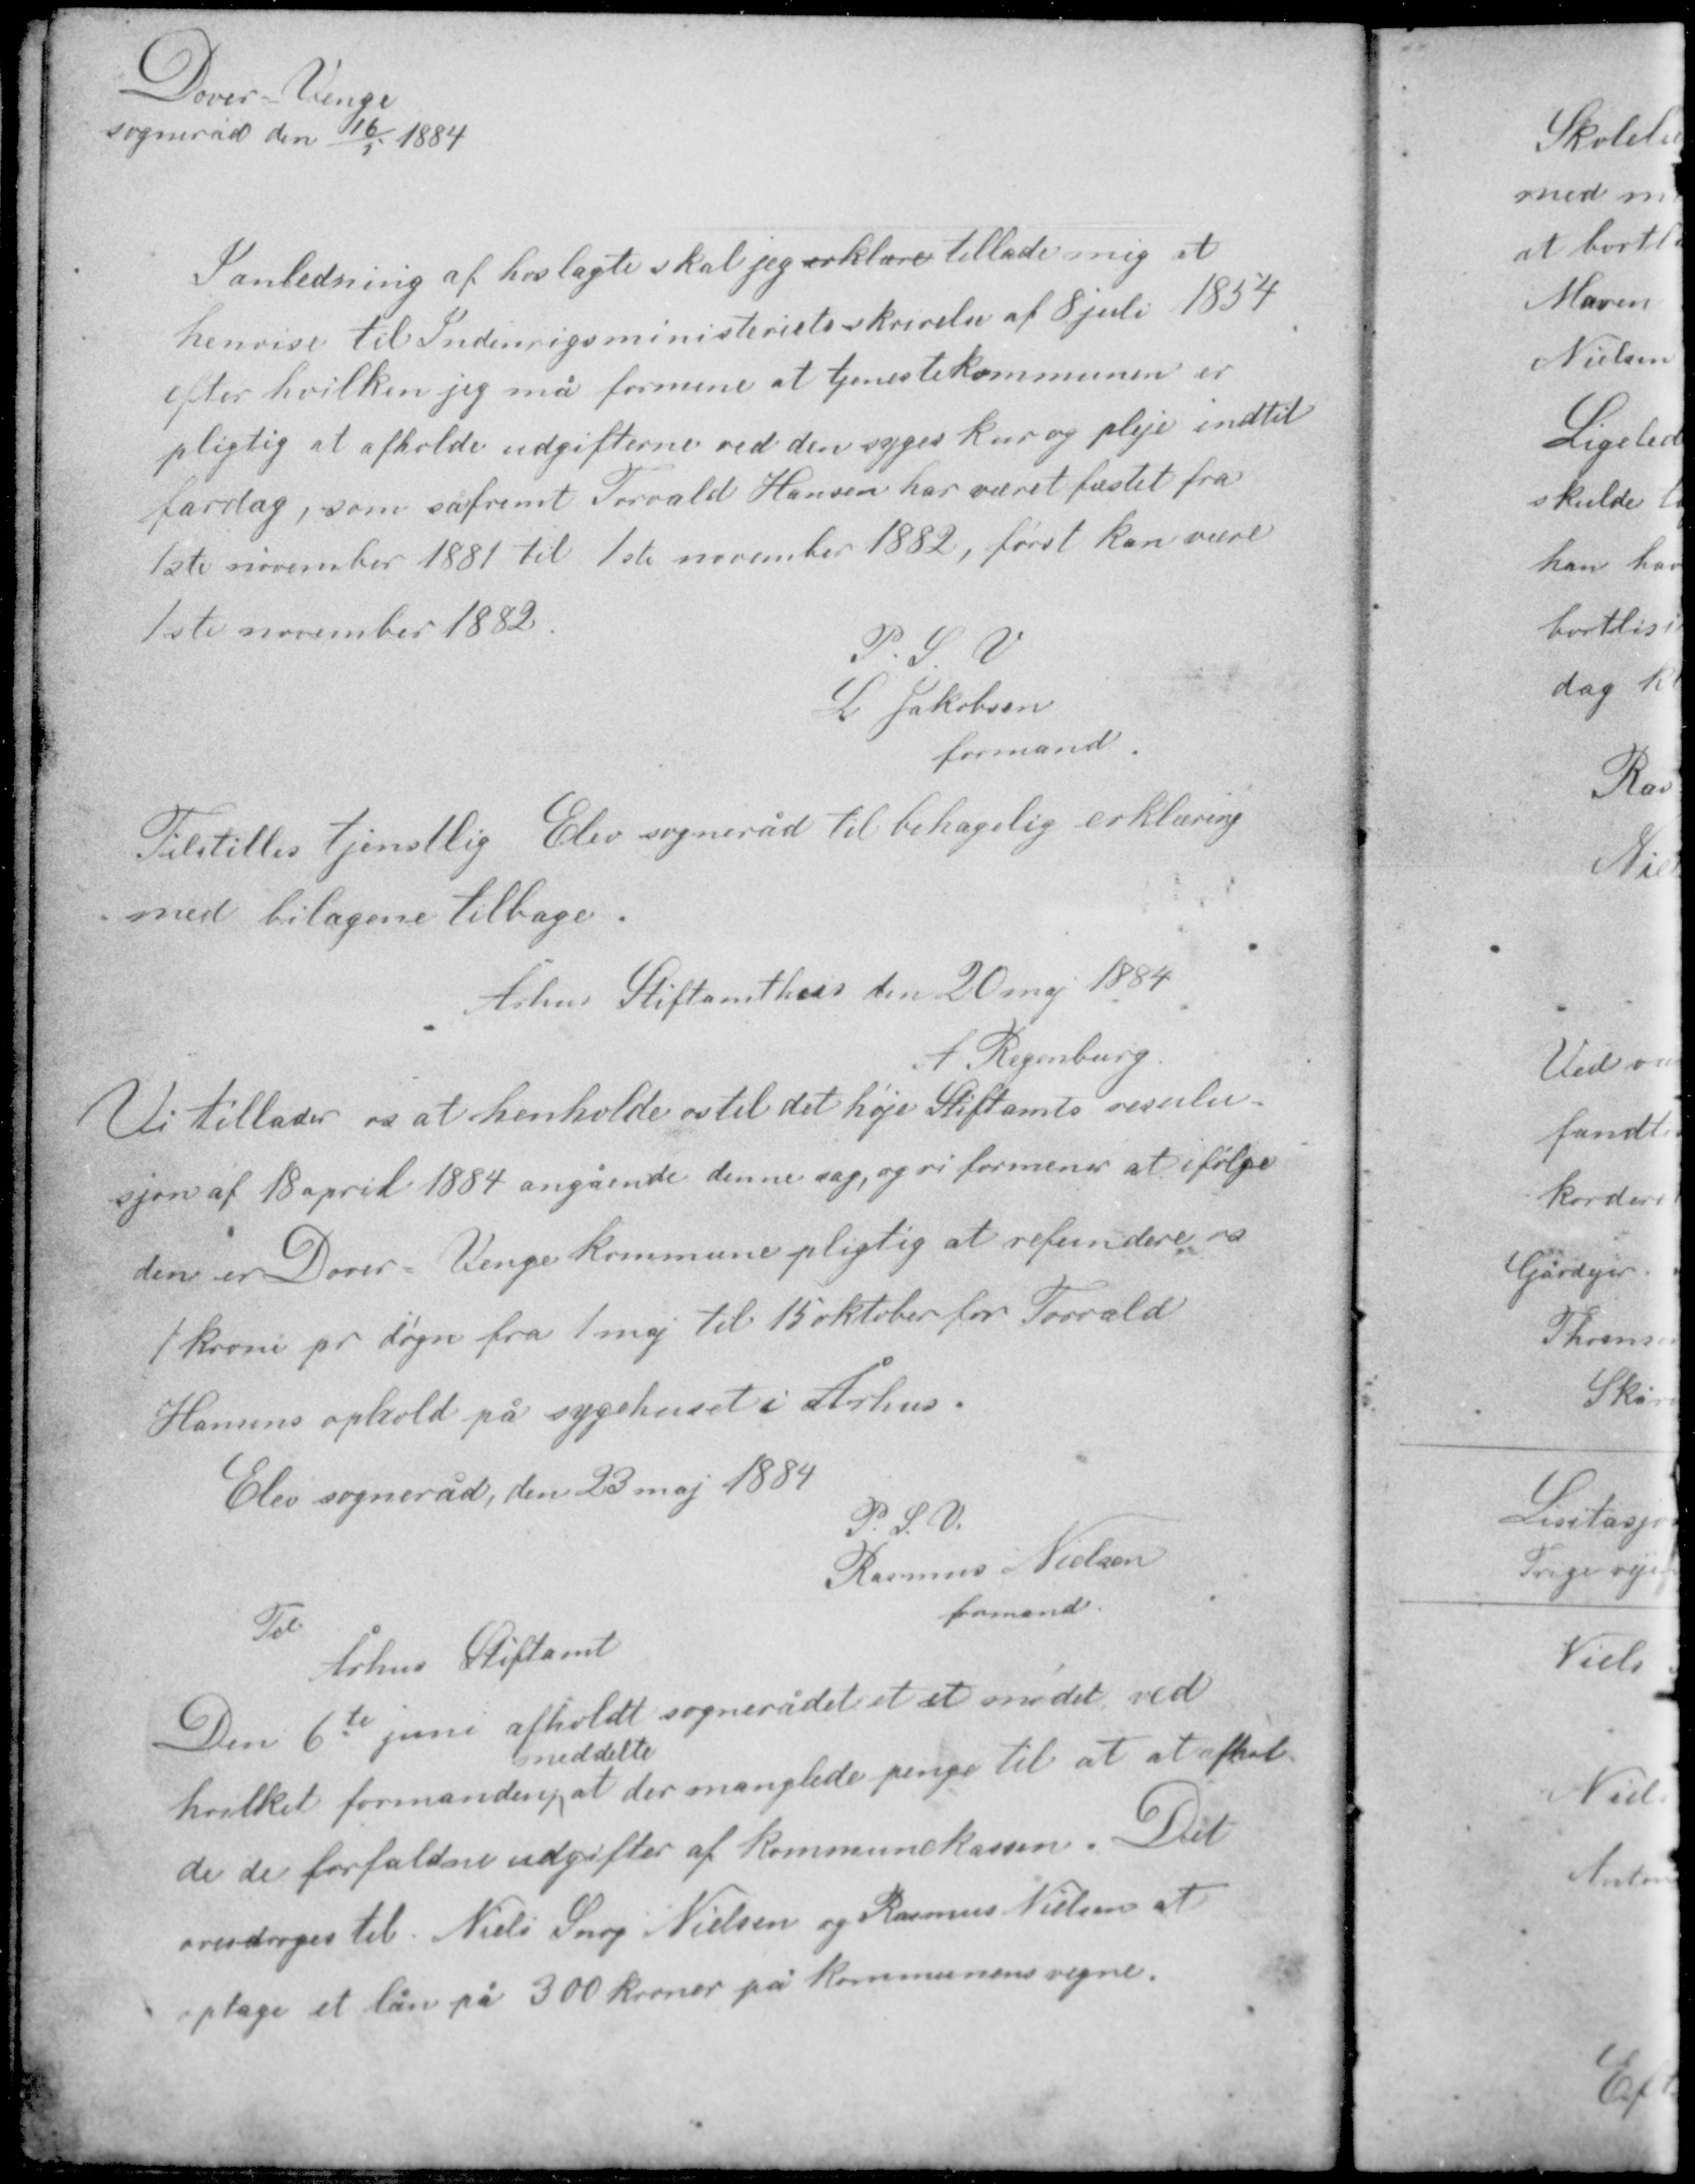
Transskription:
Dover-Venge
sogneråd den 16/5 1884

I anledning af hoslagte skal jeg erklære tillade mig at
henvise til Indenrigsministeriets skrivelse af 8 juli 1854
efter hvilken jeg må formene at tjenestekommunen er
pligtig at afholde udgifterne ved den syges kur og pleje indtil
fardag, som såfremt Torvald Hansen har været fæstet fra
1ste november 1881 til 1ste november 1882, først kan være
1ste november 1882

P. S. V.
L. Jakobsen
formand

Tilstilles tjenstlig Elev sogneråd til behagelig erklæring
med bilagene tilbage.

Århus Stiftamthus den 20 maj 1884
A. Regenburg

Vi tillader os at henholde os til det høje Stiftamts resulu-
sjon af 18 april 1884 angående denne sag, og vi formener at ifølge
den er Dover - Venge kommune pligtig at refundere os
1 krone pr døgn fra 1 maj til 15 oktober for Torvald
Hansens ophold på sygehuset i Århus.

Elev sogneråd den 23 maj 1884
P. S. V.
Rasmus Nielsen
formand

Til
Århus Stiftamt

Den 6te juni afholdt sognerådet et et mødet ved
meddelte
hvilket formanden at der manglede penge til at at afhol-
de de forfaldne udgifter af kommunekassen. Det
overdroges til Niels Snog Nielsen og Rasmus Nielsen at
optage et lån på 300 kroner på kommunens vegne.